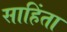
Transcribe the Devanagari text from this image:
साहिंता